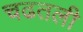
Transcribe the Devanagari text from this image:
चढतली